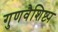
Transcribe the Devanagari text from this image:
गुणवैशिष्ट्य